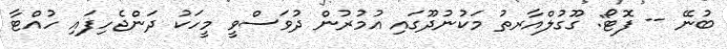
ބުނޭ -- ފޮޓޯ: ގޫގުލްއާރތު މަކުނުދޫގައި އުމުރުން ދުވަސްވީ މީހަކު ދަންޖެހިފައި ހުއްޓާ